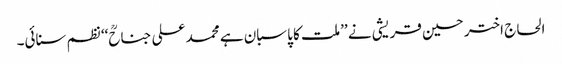
الحاج اختر حسین قریشی نے ’’ملت کا پاسبان ہے محمد علی جناحؒ‘‘ نظم سنائی۔